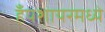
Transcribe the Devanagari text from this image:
हँपशायरमध्ये